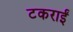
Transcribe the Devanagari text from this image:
टकराईं